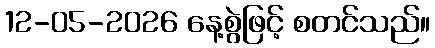
12-05-2026 နေ့စွဲဖြင့် စတင်သည်။